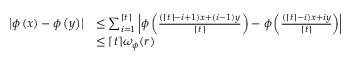
\begin{array} { r l } { \left| \phi \left( x \right) - \phi \left( y \right) \right| } & { \le \sum _ { i = 1 } ^ { \lceil t \rceil } \left| \phi \left( \frac { ( \lceil t \rceil - i + 1 ) x + ( i - 1 ) y } { \lceil t \rceil } \right) - \phi \left( \frac { ( \lceil t \rceil - i ) x + i y } { \lceil t \rceil } \right) \right| } \\ & { \le \lceil t \rceil \omega _ { \phi } ( r ) } \end{array}